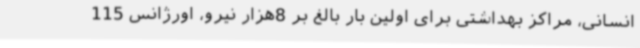
انسانی، مراکز بهداشتی برای اولین بار بالغ بر 8هزار نیرو، اورژانس 115